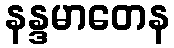
နန္ဒမာတေန